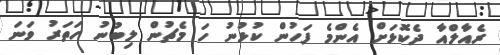
ރެއާލްއާ ދެކޮޅަށް އެންމެ ފަހުން ކުުޅުނު ހަ މެޗުން ލިބުނު ހަތަރު ވަނަ